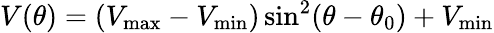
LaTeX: V(\theta)=(V_{\mathrm{max}}-V_{\mathrm{min}})\sin^{2}(\theta-\theta_{0})+V_{\mathrm{min}}